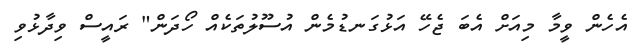
އެހެން ވީމާ މިއަށް އެބަ ޖެހޭ އަޅުގަނޑުމެން އުސޫލުތަކެއް ހޯދަން" ރައީސް ވިދާޅުވި